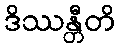
ဒိဿန္တီတိ